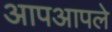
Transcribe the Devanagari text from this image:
आपआपले